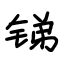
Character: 锑